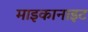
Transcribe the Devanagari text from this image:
माइकानाइट